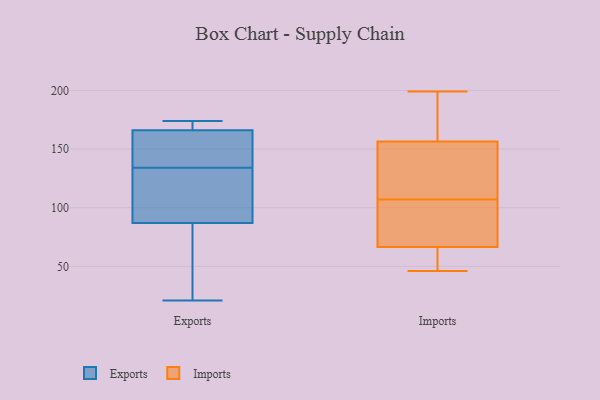
{"axis": {"x": "Market Share (%)", "y": "Value"}, "legend": ["Exports", "Imports"], "data": [{"x": "", "y": 174, "type": "Exports"}, {"x": "", "y": 149, "type": "Exports"}, {"x": "", "y": 104, "type": "Exports"}, {"x": "", "y": 135, "type": "Exports"}, {"x": "", "y": 173, "type": "Exports"}, {"x": "", "y": 87, "type": "Exports"}, {"x": "", "y": 166, "type": "Exports"}, {"x": "", "y": 133, "type": "Exports"}, {"x": "", "y": 45, "type": "Exports"}, {"x": "", "y": 21, "type": "Exports"}, {"x": "", "y": 199, "type": "Imports"}, {"x": "", "y": 68, "type": "Imports"}, {"x": "", "y": 90, "type": "Imports"}, {"x": "", "y": 55, "type": "Imports"}, {"x": "", "y": 140, "type": "Imports"}, {"x": "", "y": 51, "type": "Imports"}, {"x": "", "y": 105, "type": "Imports"}, {"x": "", "y": 107, "type": "Imports"}, {"x": "", "y": 199, "type": "Imports"}, {"x": "", "y": 162, "type": "Imports"}, {"x": "", "y": 78, "type": "Imports"}, {"x": "", "y": 47, "type": "Imports"}, {"x": "", "y": 114, "type": "Imports"}, {"x": "", "y": 46, "type": "Imports"}, {"x": "", "y": 66, "type": "Imports"}, {"x": "", "y": 180, "type": "Imports"}, {"x": "", "y": 120, "type": "Imports"}, {"x": "", "y": 112, "type": "Imports"}, {"x": "", "y": 173, "type": "Imports"}]}